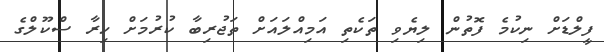
ފީލްޑަށް ނިކުމެ ފޮތުން ލިޔެވި ތަކެތި އަމިއްލައަށް ތަޖުރިބާ ކުރުމަށް ހިރާ ސްކޫލްގެ